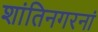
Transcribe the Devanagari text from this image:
शांतिनगरनां